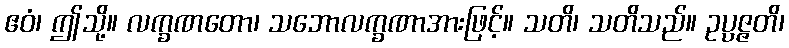
ဧဝံ၊ ဤသို့။ လက္ခဏတော၊ သဘောလက္ခဏာအားဖြင့်။ သတိ၊ သတိသည်။ ဥပ္ပဇ္ဇတိ၊